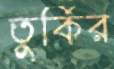
তুর্কির